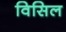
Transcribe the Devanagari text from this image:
विसिल